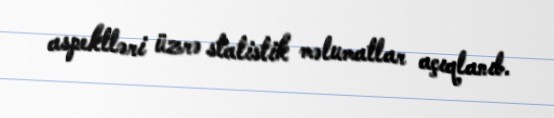
aspektləri üzrə statistik məlumatlar açıqlanıb.